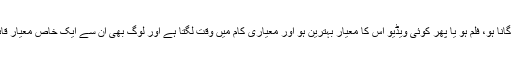
کیونکہ وہ چاہتے ہیں کہ چاہے گانا ہو، فلم ہو یا پھر کوئی ویڈیو اس کا معیار بہترین ہو اور معیاری کام میں وقت لگتا ہے اور لوگ بھی ان سے ایک خاص معیار قائم رکھنے کی توقع رکھتے ہیں۔